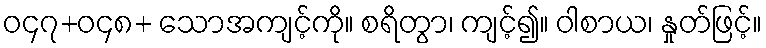
ဝ၄၇+ဝ၄၈+ သောအကျင့်ကို။ စရိတွာ၊ ကျင့်၍။ ဝါစာယ၊ နှုတ်ဖြင့်။